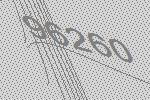
96260